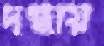
দগ্ধায়